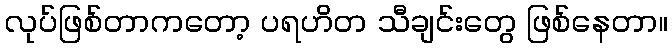
လုပ်ဖြစ်တာကတော့ ပရဟိတ သီချင်းတွေ ဖြစ်နေတာ။